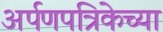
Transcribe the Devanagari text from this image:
अर्पणपत्रिकेच्या